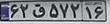
۶۲ق۵۷۲۱۶